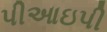
પીઆઇપી